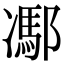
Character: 𨝭